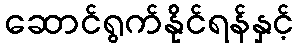
ဆောင်ရွက်နိုင်ရန်နှင့်